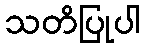
သတိပြုပါ